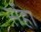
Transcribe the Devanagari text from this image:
र्सहा